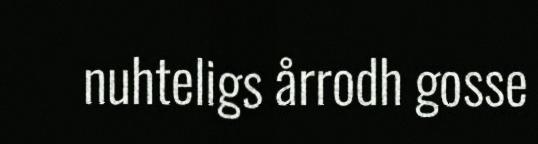
nuhteligs årrodh gosse